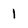
Character: 1